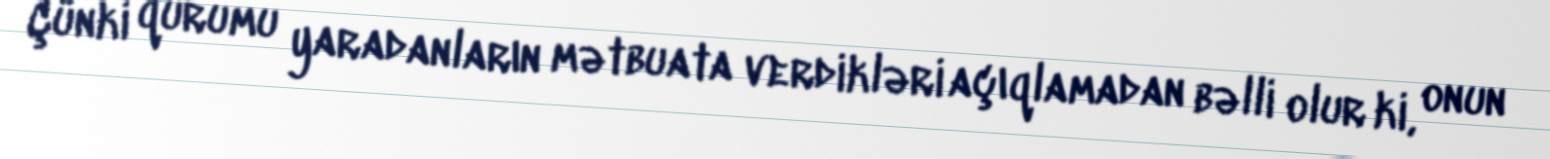
Çünki qurumu yaradanların mətbuata verdikləri açıqlamadan bəlli olur ki, onun